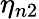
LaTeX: \eta_{n2}